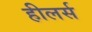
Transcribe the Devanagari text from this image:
हीलर्स